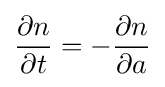
{\frac {\partial n}{\partial t}}=-{\frac {\partial n}{\partial a}}